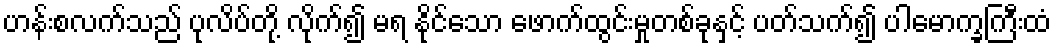
ဟန်းစလက်သည် ပုလိပ်တို့ လိုက်၍ မရ နိုင်သော ဖောက်ထွင်းမှုတစ်ခုနှင့် ပတ်သက်၍ ပါမောက္ခကြီးထံ